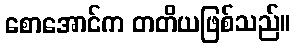
စောအောင်က တတိယဖြစ်သည်။